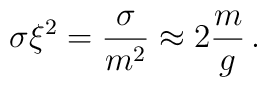
\sigma \xi^2 = \frac{\sigma}{m^2} \approx 2 \frac{m}{g}\,.